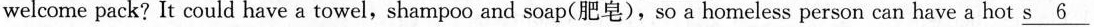
welcome pack? It could have a towel,shampoo and soap(肥皂),so a homeless person can have a hot \underline{s 6}